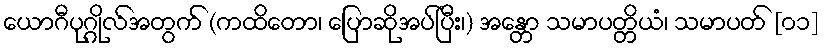
ယောဂီပုဂ္ဂိုလ်အတွက် (ကထိတော၊ ပြောဆိုအပ်ပြီး၊) အန္တော သမာပတ္တိယံ၊ သမာပတ် [၀၁]